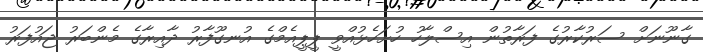
ގާނޫނަށް ސަރުކާރުގެ ފަރާތުން އިސްލާހު ހުށަހެޅުއްވީ ޕީޕީއެމްގެ އުނގޫފާރު ދާއިރާގެ މެންބަރު ޖައުފަރު